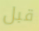
قبل